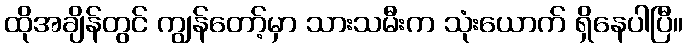
ထိုအချိန်တွင် ကျွန်တော့်မှာ သားသမီးက သုံးယောက် ရှိနေပါပြီ။